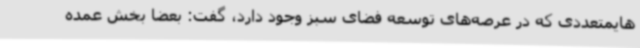
هایمتعددی که در عرصه‌های توسعه فضای سبز وجود دارد، گفت: بعضا بخش عمده